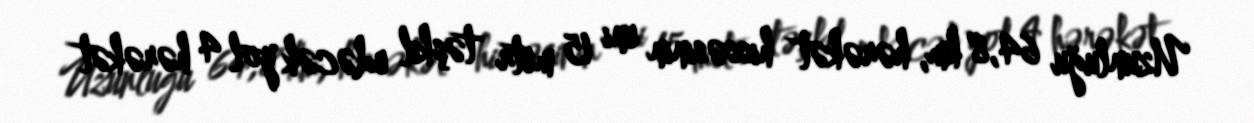
Uzunluğu 64,8 km, hərəkət hissəsinin eni 15 metr təşkil edəcək yol 4 hərəkət